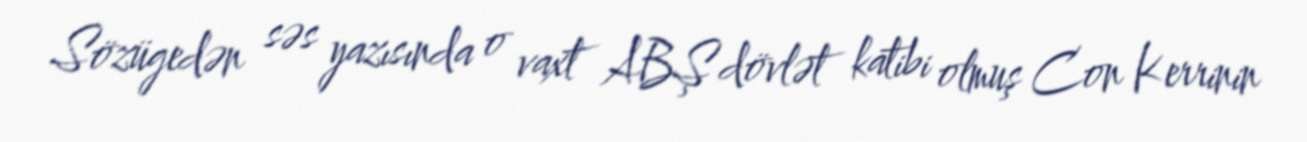
Sözügedən səs yazısında o vaxt ABŞ dövlət katibi olmuş Con Kerrinin